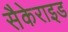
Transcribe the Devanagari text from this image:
सैकेराइड